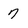
Character: 7